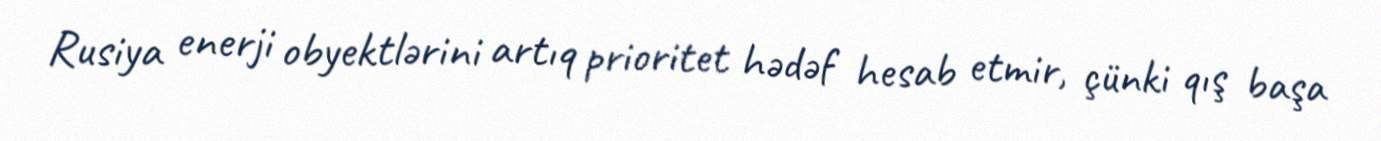
Rusiya enerji obyektlərini artıq prioritet hədəf hesab etmir, çünki qış başa